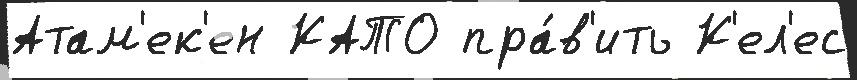
Атам'ек'ен КАТО пра́в'ить К'ел'ес